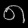
Digit: ၈